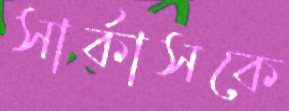
সার্কাসকে